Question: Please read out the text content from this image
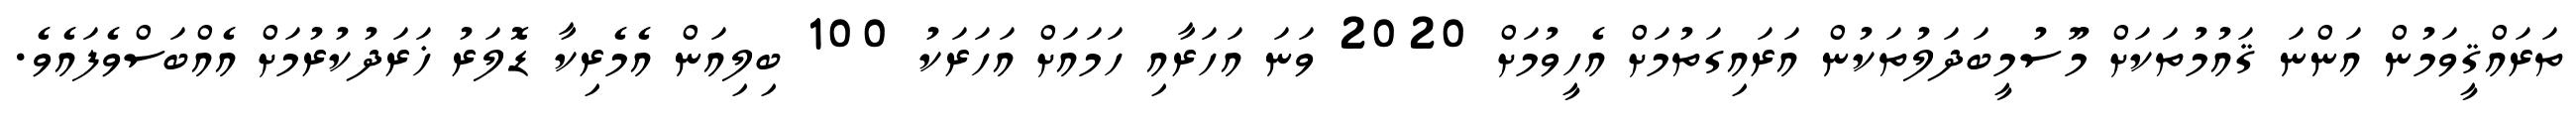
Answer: ތަރައްޤީވަމުން އަންނަ ޤައުމުތަކަށް މޫސުމީބަދަލުތަކުން އަރައިގަތުމަށް އެހީވުމަށް 2020 ވަނަ އަހަރާއި ހަމައަށް އަހަރަކު 100 ބިލިއަން އެމެރިކާ ޑޮލަރު ޚަރަދުކުރުމަށް އެއްބަސްވެފައެވެ.